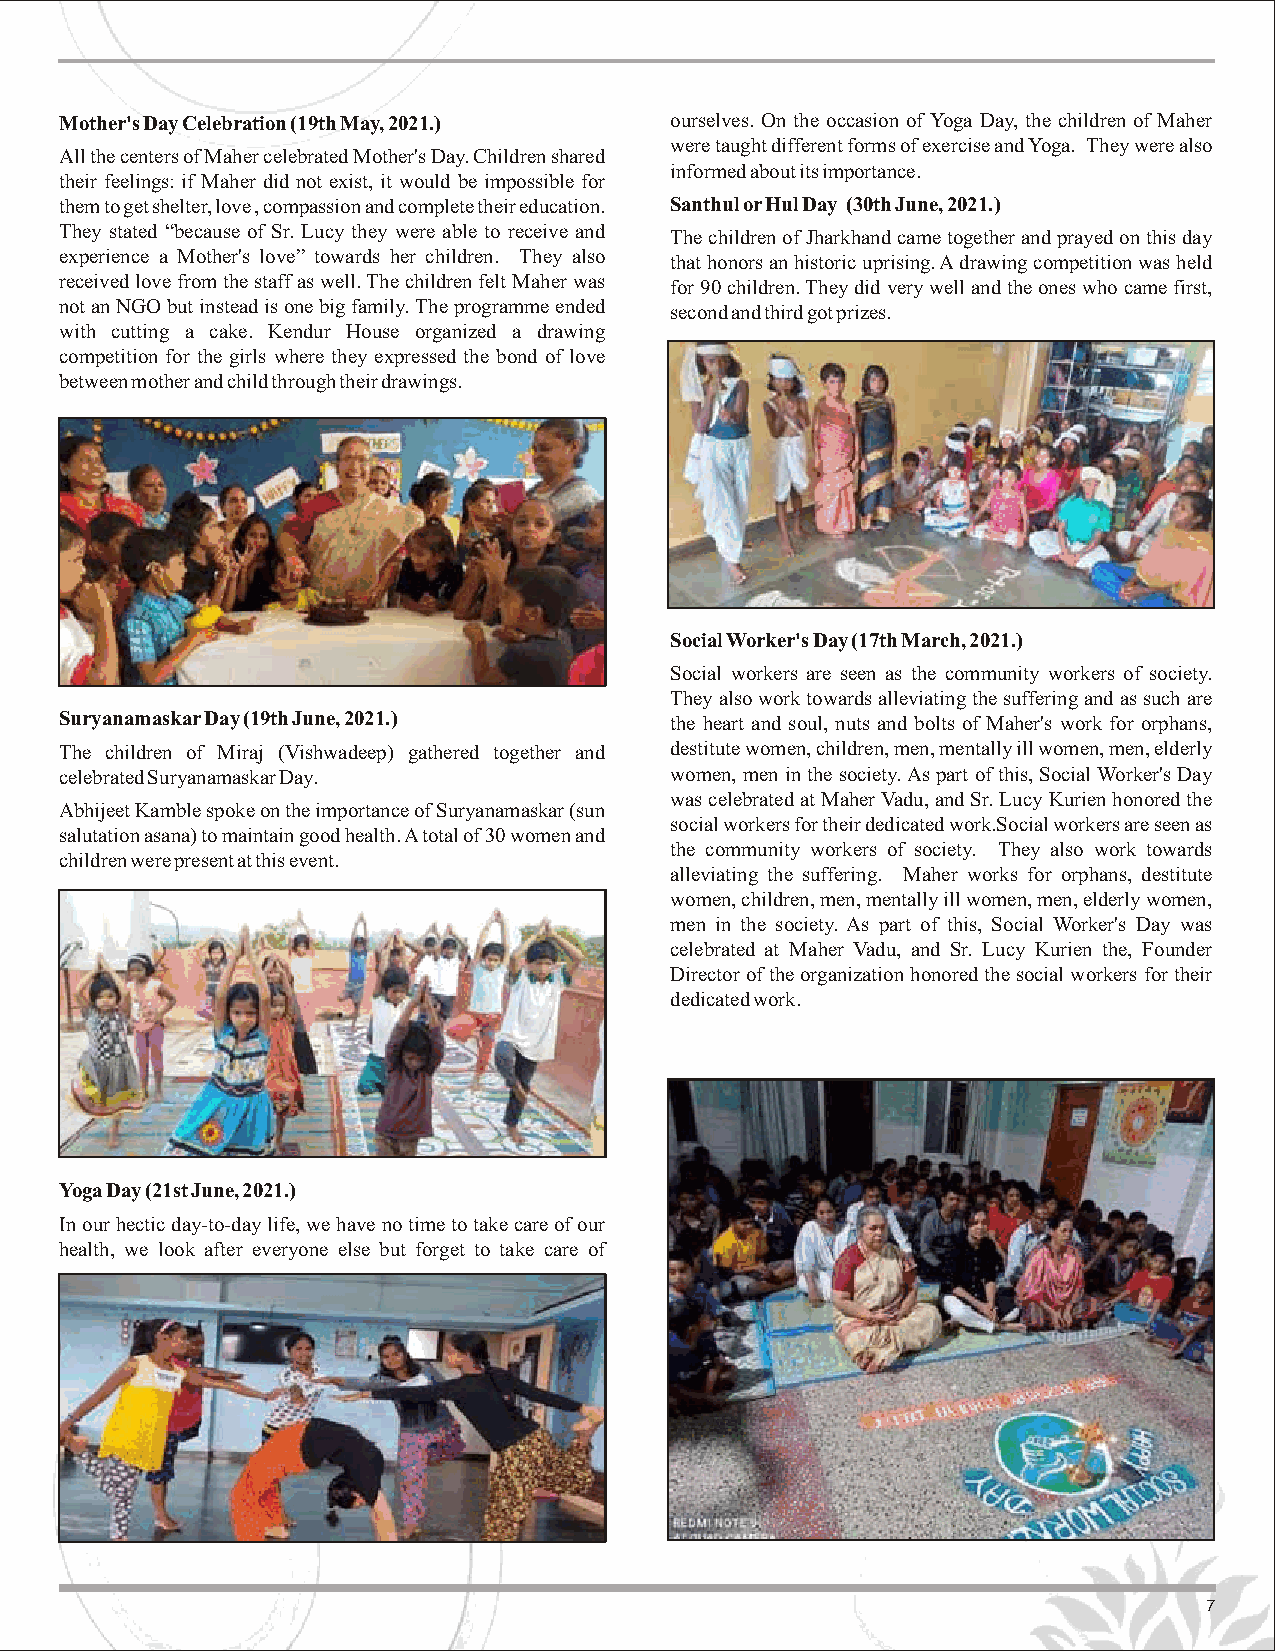
Mother's Day Celebration (19th May, 2021.) ourselves. On the occasion of Yoga Day, the children of Maher
 were taught different forms of exercise and Yoga. They were also
 All the centers of Maher celebrated Mother's Day. Children shared
 informed about its importance.
 their feelings: if Maher did not exist, it would be impossible for
 them to get shelter, love , compassion and complete their education. Santhul or Hul Day (30th June, 2021.)
 They stated “because of Sr. Lucy they were able to receive and The children of Jharkhand came together and prayed on this day
 experience a Mother's love” towards her children. They also that honors an historic uprising. A drawing competition was held
 received love from the staff as well. The children felt Maher was for 90 children. They did very well and the ones who came first,
 not an NGO but instead is one big family.The programme ended second and third got prizes.
 with cutting a cake. Kendur House organized a drawing
 competition for the girls where they expressed the bond of love
 between mother and child through their drawings.
 SocialWorker's Day (17th March, 2021.)
 Social workers are seen as the community workers of society.
 They also work towards alleviating the suffering and as such are
 Suryanamaskar Day (19th June, 2021.)    the heart and soul, nuts and bolts of Maher's work for orphans,
 The children of Miraj (Vishwadeep) gathered together and destitute women, children, men, mentally ill women, men, elderly
 celebrated Suryanamaskar Day.           women, men in the society.As part of this, Social Worker's Day
 was celebrated at Maher Vadu, and Sr. Lucy Kurien honored the
 Abhijeet Kamble spoke on the importance of Suryanamaskar (sun
 social workers for their dedicated work.Social workers are seen as
 salutation asana) to maintain good health. A total of 30 women and
 the community workers of society. They also work towards
 children were present at this event.
 alleviating the suffering. Maher works for orphans, destitute
 women, children, men, mentally ill women, men, elderly women,
 men in the society. As part of this, Social Worker's Day was
 celebrated at Maher Vadu, and Sr. Lucy Kurien the, Founder
 Director of the organization honored the social workers for their
 dedicated work.
 Yoga Day (21st June, 2021.)
 In our hectic day-to-day life, we have no time to take care of our
 health, we look after everyone else but forget to take care of
 7